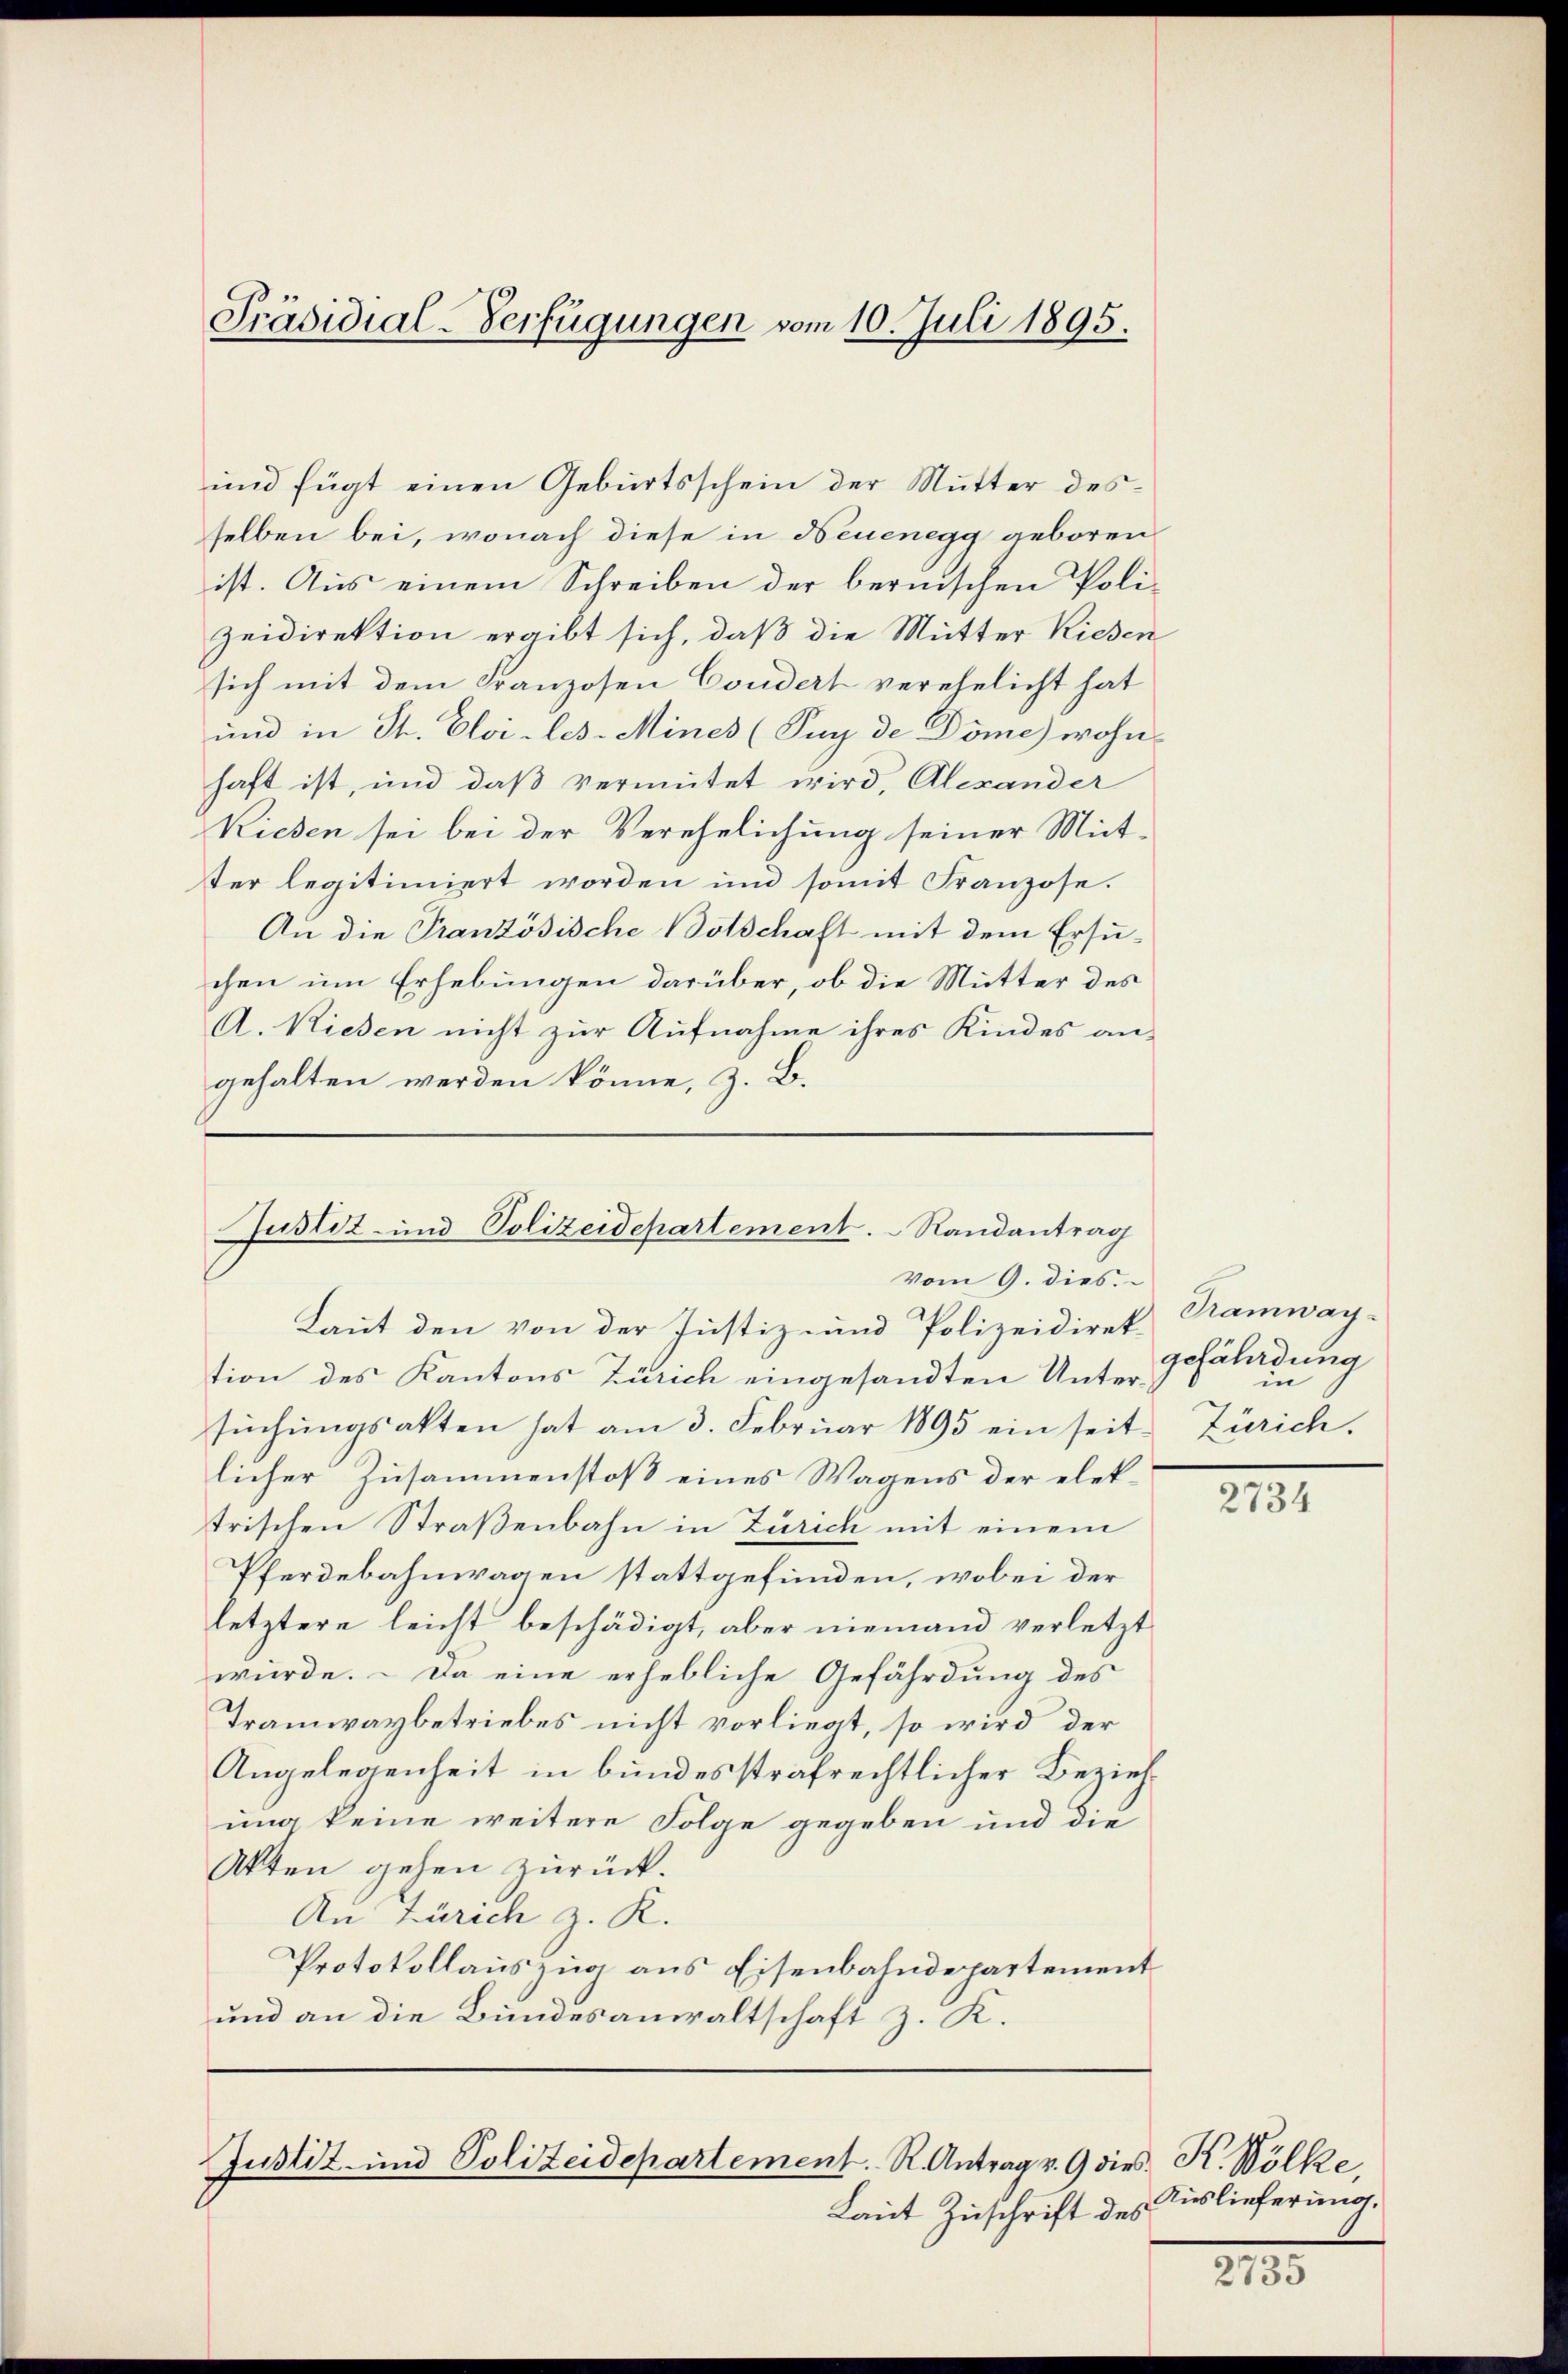
Präsidial-Verfügungen vom 10. Juli 1895.

selben bei, wonach diese in Neuenegg geboren
ist. Aus einem Schreiben der bernischen Poli-
zeidirektion ergibt sich, daß die Mutter Richen
sich mit dem Franzosen Condert verehelicht hat
und in St. Elvi-les-Mines (Suy de Döme) wohn
haft ist, und daß vermutet wird, Alexander
Riesen sei bei der Verehelichung seiner Mit-
ter legitimiert worden und somit Franzose.
An die Französische Botschaft mit dem Ersuchen um Erhebungen darüber, ob die Mutter des
A. Riesen nicht zur Aufnahme ihres Kindes an-
gehalten werden könne, z. B.

und fügt einen Geburtsschein der Mutter des¬

Justiz- und Polizeidepartement. Randantrag
vom 9. dies

Laut den von der Justiz- und Polizeidirek
tion des Kantons Zürich eingesandten Untersŭchŭngsakten hat am 3. Februar 1895 ein seit Zürich.
licher Zusammenstoß eines Wagens der elektrischen Straßenbahn in Zürich mit einem
Pferdebahnwagen stattgefunden, wobei der
letztere leicht beschädigt, aber niemand verletzt
würde. – Da eine erhebliche Gefährdung des
Tramwaybetriebes nicht vorliegt, so wird der
Angelegenheit in bundesstrafrechtlicher Beziehung keine weitere Folge gegeben und die
Akten gehen zurück.
An Zürich z. R.
Protokollauszug aus Eisenbahndepartement
und an die Bundesanwaltschaft z. K.

Justiz- und Polizeidepartement. R. Antrag v. 9 dies K. Wölke,

Laut Zuschrift des

Tramwaygefährdung
in

2734

Auslieferung.

XIII.